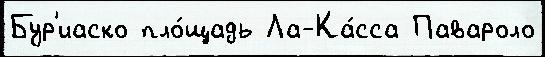
Бур'иаско пло́щадь Ла-Ка́сса Павароло